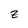
Character: z